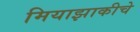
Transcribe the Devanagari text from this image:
मियाझाकीचे